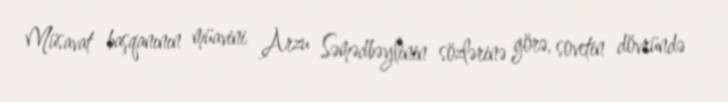
Müsavat başqanının müavini Arzu Səmədbəylinin sözlərinə görə, sovetin dövründə